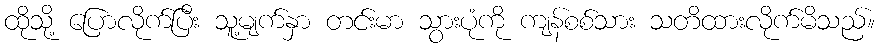
ထိုသို့ ပြောလိုက်ပြီး သူ့မျက်နှာ တင်းမာ သွားပုံကို ကျန်စစ်သား သတိထားလိုက်မိသည်။